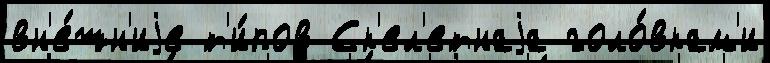
вн'е́шн'иjе т'и́пов Ск'ел'етнаjа голо́вкам'и